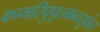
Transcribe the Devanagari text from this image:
कामरिपुपूतमनःसुकेत